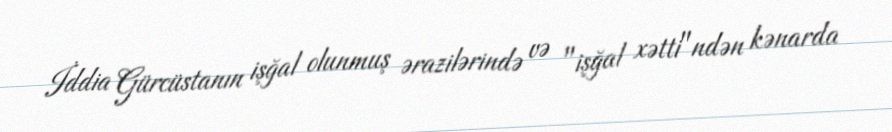
İddia Gürcüstanın işğal olunmuş ərazilərində və "işğal xətti"ndən kənarda